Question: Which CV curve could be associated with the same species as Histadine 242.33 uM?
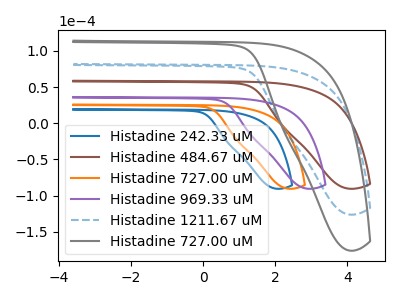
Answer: <think>The blue curve "Histadine 242.33 uM" has no peaks. The brown curve "Histadine 484.67 uM" has no peaks. The orange curve "Histadine 727.00 uM" has no peaks. The purple curve "Histadine 969.33 uM" has no peaks. The blue dashed curve "Histadine 1211.67 uM" has no peaks. The gray curve "Histadine 727.00 uM" has no peaks.
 Neither "Histadine 242.33 uM" or "Histadine 484.67 uM" have any peaks. Neither "Histadine 242.33 uM" or "Histadine 727.00 uM" have any peaks. Neither "Histadine 242.33 uM" or "Histadine 969.33 uM" have any peaks. Neither "Histadine 242.33 uM" or "Histadine 1211.67 uM" have any peaks. Neither "Histadine 242.33 uM" or "Histadine 727.00 uM" have any peaks. Neither "Histadine 484.67 uM" or "Histadine 727.00 uM" have any peaks. Neither "Histadine 484.67 uM" or "Histadine 969.33 uM" have any peaks. Neither "Histadine 484.67 uM" or "Histadine 1211.67 uM" have any peaks. Neither "Histadine 484.67 uM" or "Histadine 727.00 uM" have any peaks. Neither "Histadine 727.00 uM" or "Histadine 969.33 uM" have any peaks. Neither "Histadine 727.00 uM" or "Histadine 1211.67 uM" have any peaks. Neither "Histadine 727.00 uM" or "Histadine 727.00 uM" have any peaks. Neither "Histadine 969.33 uM" or "Histadine 1211.67 uM" have any peaks. Neither "Histadine 969.33 uM" or "Histadine 727.00 uM" have any peaks. Neither "Histadine 1211.67 uM" or "Histadine 727.00 uM" have any peaks.</think>
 <answer>"Histadine 242.33 uM", "Histadine 727.00 uM", "Histadine 969.33 uM", "Histadine 1211.67 uM" and "Histadine 727.00 uM" have a similar shape to "Histadine 484.67 uM".</answer>
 <eval>"Histadine 242.33 uM" "Histadine 727.00 uM" "Histadine 969.33 uM" "Histadine 1211.67 uM" "Histadine 727.00 uM"</eval>